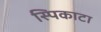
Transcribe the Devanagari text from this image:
स्पिकाटा